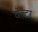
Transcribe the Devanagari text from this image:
वॅल्टर